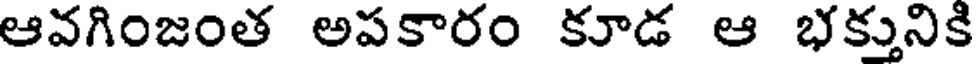
ఆవగింజంత అపకారం కూడ ఆ భక్తునికి